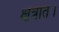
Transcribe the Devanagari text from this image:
क्षेत्रात।